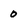
Character: 0